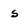
Character: s